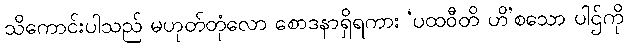
သိကောင်းပါသည် မဟုတ်တုံလော စောဒနာရှိရကား ‘ပထဝီတိ ဟိ’စသော ပါဌ်ကို